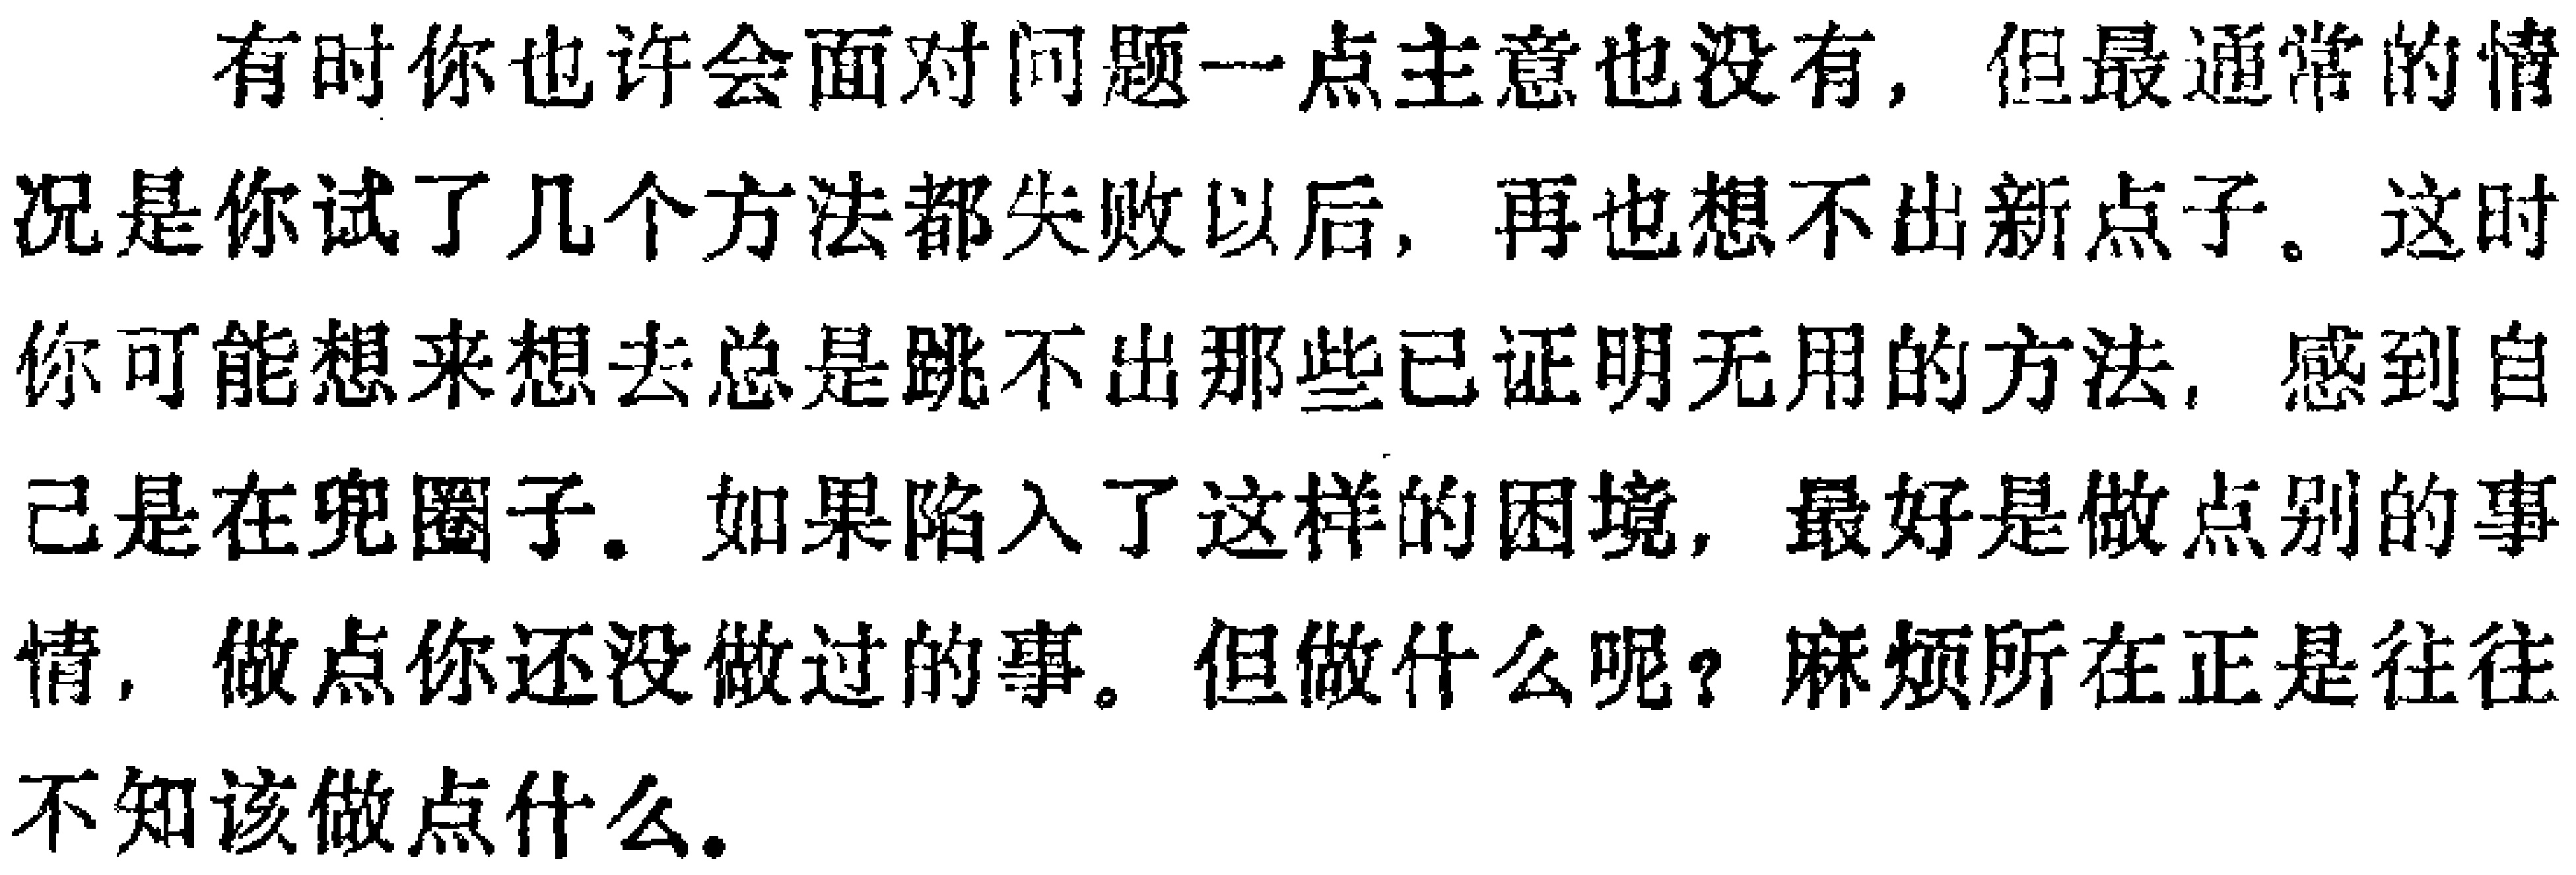
有时你也许会面对问题一点主意也没有，但最通常的情

况是你试了几个方法都失败以后，再也想不出新点子。这时

你可能想来想去总是跳不出那些已证明无用的方法，感到自

己是在兜圈子。如果陷入了这样的困境，最好是做点别的事

情，做点你还没做过的事。但做什么呢？麻烦所在正是往往

不知该做点什么。